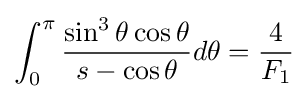
\int _{0}^{\pi }{\frac {\sin ^{3}\theta \cos \theta }{s-\cos \theta }}d\theta ={\frac {4}{F_{1}}}